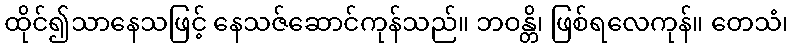
ထိုင်၍သာနေသဖြင့် နေသဇ်ဆောင်ကုန်သည်။ ဘဝန္တိ၊ ဖြစ်ရလေကုန်။ တေသံ၊